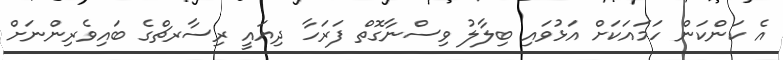
އެ ކަންކަން ހަމައަކަށް އަޅުވައި ބިލާލު ވިސްނާގޮތް ފަރަހާ ދިޔައީ ރިސާރޗްގެ ބައިވެރިންނަށް